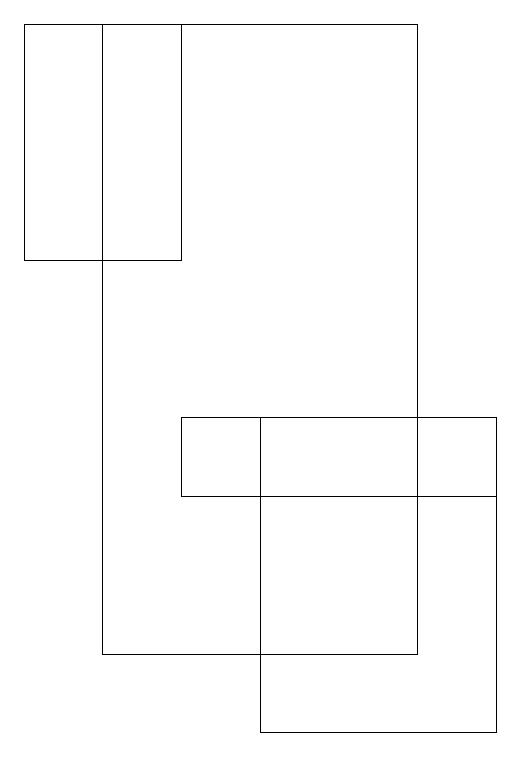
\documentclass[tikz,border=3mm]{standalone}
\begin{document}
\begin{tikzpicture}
\draw (0,16) rectangle (2,19);
\draw (5,19) rectangle (1,11);
\draw (6,10) rectangle (3,14);
\draw (2,13) rectangle (6,14);
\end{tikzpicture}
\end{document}